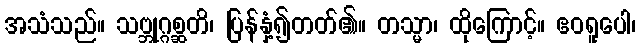
အသံသည်။ သဗ္ဘုဂ္ဂစ္ဆတိ၊ ပြန်နှံ့၍တတ်၏။ တသ္မာ၊ ထိုကြောင့်။ ဧဝရူပေါ၊